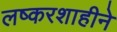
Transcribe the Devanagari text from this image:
लष्करशाहीने